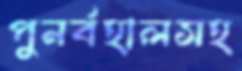
পুনর্বহালসহ